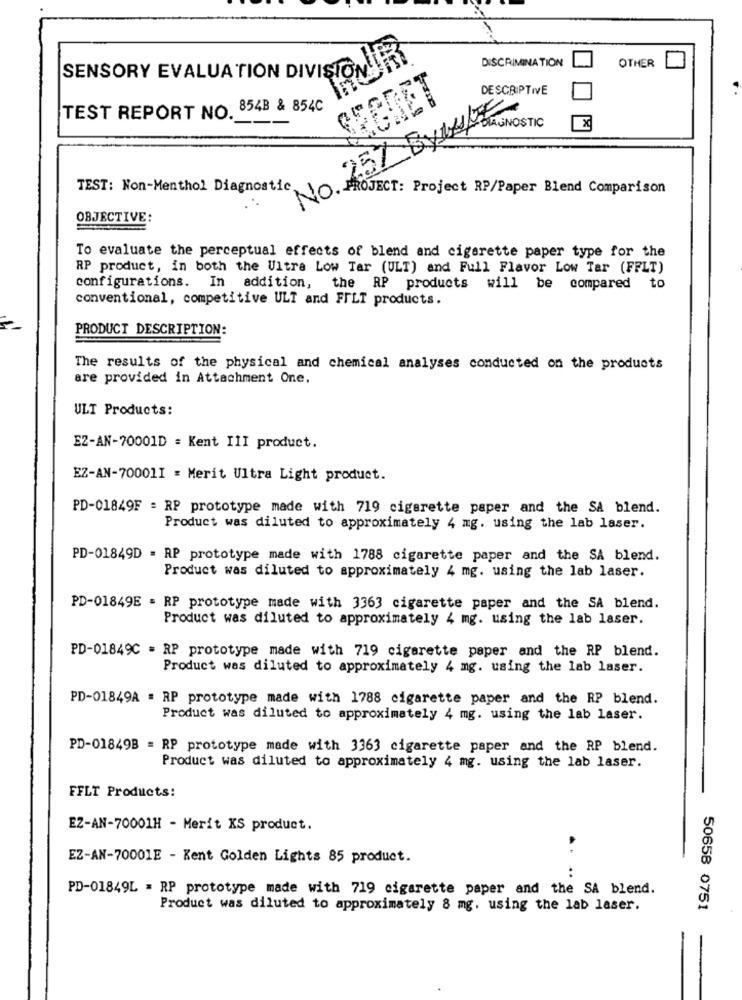
DISCRIMINATION
SENSORY EVALUATION DIVISIONJER
OTHER
DESCRIPTIVE
SEEDET
TEST REPORT NO. 854B & 854C
2.57 BYLOJNOSTIO
X
TEST: Non-Menthol Diagnostic
NO. PROJECT: Project RP/Paper Blend Comparison
OBJECTIVE:
To evaluate the perceptual effects of blend and cigarette paper type for the
RP product, in both the Ultra Low Tar (ULT) and Full Flavor Low Tar (FFLT)
configurations. In addition, the RP products will be compared to
conventional, competitive ULT and FFLT products.
PRODUCT DESCRIPTION:
The results of the physical and chemical analyses conducted on the products
are provided in Attachment One.
ULT Products:
EZ-AN-70001D = Kent III product.
EZ-AN-70001I = Merit Ultra Light product.
PD-01849F = RP prototype made with 719 cigarette paper and the SA blend.
Product was diluted to approximately 4 mg. using the lab laser.
PD-01849D = RP prototype made with 1788 cigarette paper and the SA blend.
Product was diluted to approximately 4 mg. using the lab laser.
PD-01849E = RP prototype made with 3363 cigarette paper and the SA blend.
Product was diluted to approximately 4 mg. using the lab laser.
PD-01849C = RP prototype made with 719 cigarette paper and the RP blend.
Product was diluted to approximately 4 mg. using the lab laser.
PD-01849A = RP prototype made with 1788 cigarette paper and the RP blend.
Product was diluted to approximately 4 mg. using the lab laser.
PD-01849B = RP prototype made with 3363 cigarette paper and the RP blend.
Product was diluted to approximately 4 mg. using the lab laser.
FFLT Products:
EZ-AN-70001H - Merit KS product.
..
EZ-AN-70001E - Kent Golden Lights 85 product.
...
PD-01849L = RP prototype made with 719 cigarette paper and the SA blend.
Product was diluted to approximately 8 mg. using the lab laser.
50658 0751